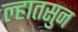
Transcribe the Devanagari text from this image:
ल्हातसुन